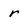
Character: r